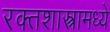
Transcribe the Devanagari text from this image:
रक्तशास्त्रामध्ये